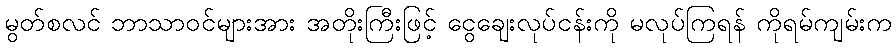
မွတ်စလင် ဘာသာဝင်များအား အတိုးကြီးဖြင့် ငွေချေးလုပ်ငန်းကို မလုပ်ကြရန် ကိုရမ်ကျမ်းက